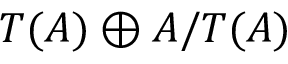
T ( A ) \oplus A / T ( A )